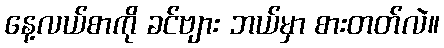
နေ့လယ်စာကို ခင်ဗျား ဘယ်မှာ စားတတ်လဲ။